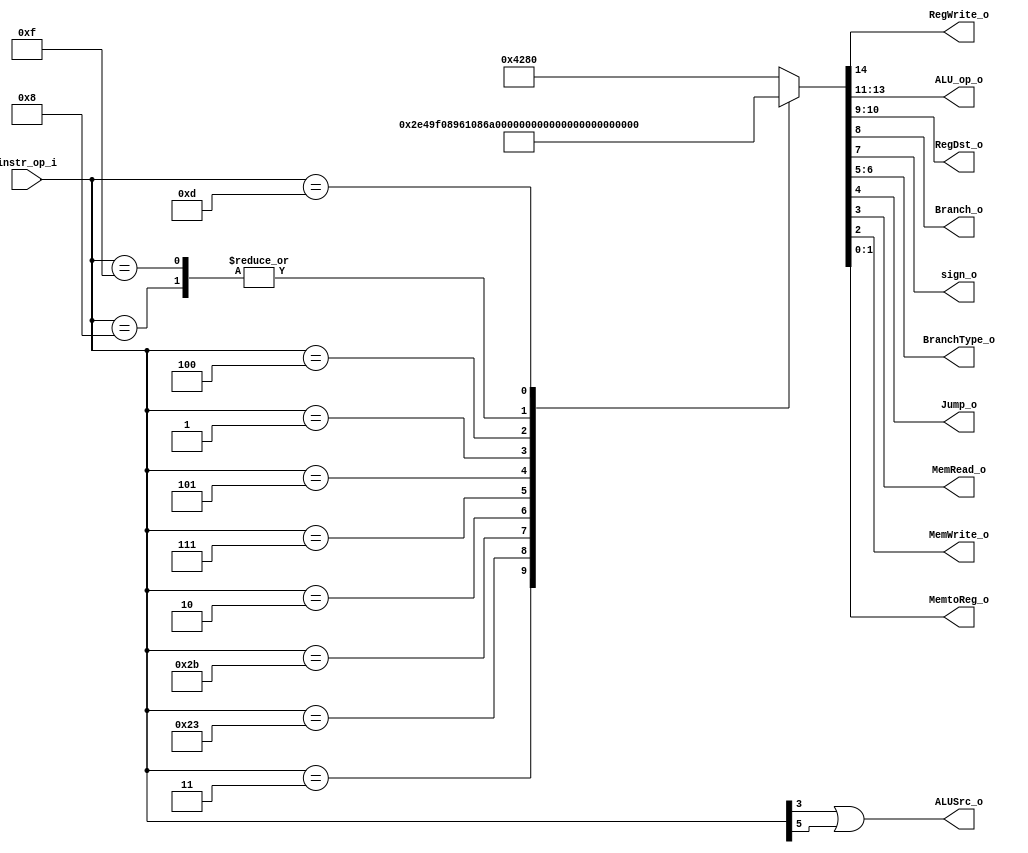
//Subject:     CO project 2 - Decoder
//--------------------------------------------------------------------------------
//Version:     1
//--------------------------------------------------------------------------------
//Writer:      Luke
//----------------------------------------------
//----------------------------------------------
//Description:
//--------------------------------------------------------------------------------

module Decoder(
    instr_op_i,
    RegWrite_o,
    ALU_op_o,
    ALUSrc_o,
    RegDst_o,
    Branch_o,
    sign_o,
    BranchType_o,
    Jump_o,
    MemRead_o,
    MemWrite_o,
    MemtoReg_o,
    );

//I/O ports
input  [6-1:0] instr_op_i;

output         RegWrite_o;
output [3-1:0] ALU_op_o;
output         ALUSrc_o;
output [2-1:0] RegDst_o;
output         Branch_o;
output         sign_o;
output [2-1:0] BranchType_o;
output         Jump_o;
output         MemRead_o;
output         MemWrite_o;
output [2-1:0] MemtoReg_o;

//Internal Signals
reg            ALUSrc_o;

reg [14:0]control_o;

assign { RegWrite_o, ALU_op_o, RegDst_o, Branch_o, sign_o,
         BranchType_o, Jump_o, MemRead_o, MemWrite_o, MemtoReg_o } = control_o;

//Main Function
always@(*) begin
    case(instr_op_i)
        6'b000011: control_o <= 15'b1_011_10_01_00_100_11;    // jal
        6'b100011: control_o <= 15'b1_110_00_01_00_010_01;    // lw
        6'b101011: control_o <= 15'b0_110_00_01_00_001_00;    // st
        6'b000010: control_o <= 15'b0_011_01_01_00_100_00;    // jump
        6'b000111: control_o <= 15'b0_011_01_11_01_000_00;    // bgt
        6'b000101: control_o <= 15'b0_011_01_11_11_000_00;    // bnez
        6'b000001: control_o <= 15'b0_011_01_11_10_000_00;    // bgez
        6'b000100: control_o <= 15'b0_011_01_11_00_000_00;    // beq
        6'b001000: control_o <= 15'b1_110_00_01_00_000_00;    // addi
        6'b001111: control_o <= 15'b1_110_00_01_00_000_00;    // lui
        6'b001101: control_o <= 15'b1_101_00_00_00_000_00;    // ori
        default:   control_o <= 15'b1_000_01_01_00_000_00;    // R-type
    endcase

    ALUSrc_o <= instr_op_i[3] | instr_op_i[5];

end

endmodule